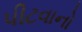
પીટવાનો